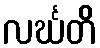
လင်္ဃတိ